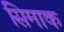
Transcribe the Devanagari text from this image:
सिमाक